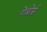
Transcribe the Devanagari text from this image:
गेबोर्स